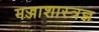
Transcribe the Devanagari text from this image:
मज्जाशास्त्रज्ञ